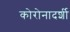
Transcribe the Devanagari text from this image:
कोरोनादर्शी